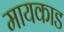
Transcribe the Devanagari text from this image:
मायकाड